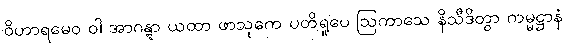
ဝိဟာရမေဝ ဝါ အာဂန္တွာ ယထာ ဖာသုကေ ပတိရူပေ ဩကာသေ နိသီဒိတွာ ကမ္မဋ္ဌာနံ